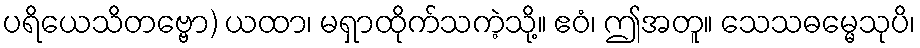
ပရိယေသိတဗ္ဗော) ယထာ၊ မရှာထိုက်သကဲ့သို့။ ဧဝံ၊ ဤအတူ။ သေသဓမ္မေသုပိ၊